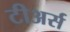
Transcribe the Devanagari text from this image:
टीअर्स